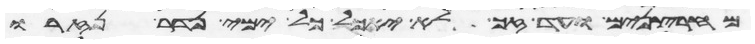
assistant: מחרצנים ועד זג לא יאכל כל ימי נדר נזרו